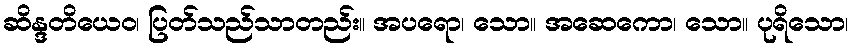
ဆိန္ဒတိယေဝ၊ ပြတ်သည်သာတည်း။ အပရော၊ သော။ အဆေကော၊ သော။ ပုရိသော၊